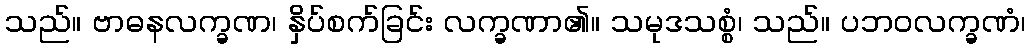
သည်။ ဗာဓနလက္ခဏ၊ နှိပ်စက်ခြင်း လက္ခဏာ၏။ သမုဒသစ္စံ၊ သည်။ ပဘဝလက္ခဏံ၊